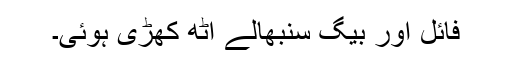
فائل اور بیگ سنبھالے اٹھ کھڑی ہوئی۔